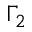
\Gamma _ { 2 }